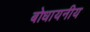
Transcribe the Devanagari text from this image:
बोधायनीय